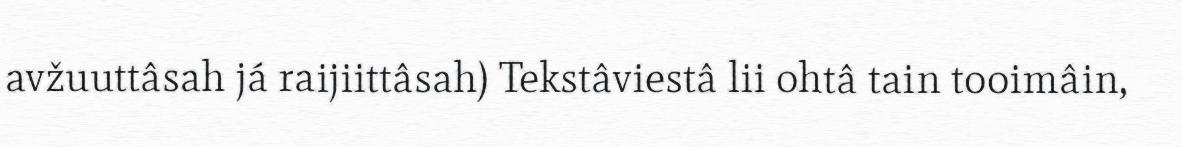
avžuuttâsah já raijiittâsah) Tekstâviestâ lii ohtâ tain tooimâin,